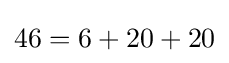
46=6+20+20